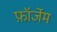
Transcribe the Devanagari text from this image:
फ़ॉर्जेम